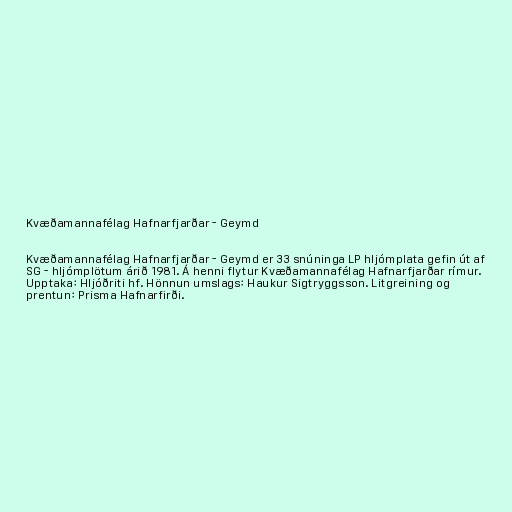
Kvæðamannafélag Hafnarfjarðar - Geymd

Kvæðamannafélag Hafnarfjarðar - Geymd er 33 snúninga LP hljómplata gefin út af
SG - hljómplötum árið 1981. Á henni flytur Kvæðamannafélag Hafnarfjarðar rímur.
Upptaka: Hljóðriti hf. Hönnun umslags: Haukur Sigtryggsson. Litgreining og
prentun: Prisma Hafnarfirði.